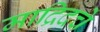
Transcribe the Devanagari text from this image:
माद्रिदचे